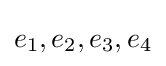
e_{1},e_{2},e_{3},e_{4}